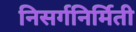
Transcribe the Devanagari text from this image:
निसर्गनिर्मिती